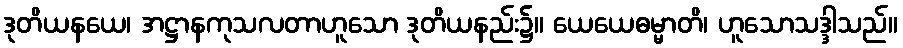
ဒုတိယနယေ၊ အဋ္ဌာနကုသလတာဟူသော ဒုတိယနည်း၌။ ယေယေဓမ္မာတိ၊ ဟူသောသဒ္ဒါသည်။